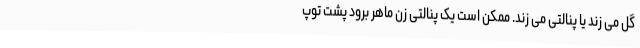
گُل می زند یا پنالتی می زند. ممکن است یک پنالتی زن ماهر برود پشت توپ